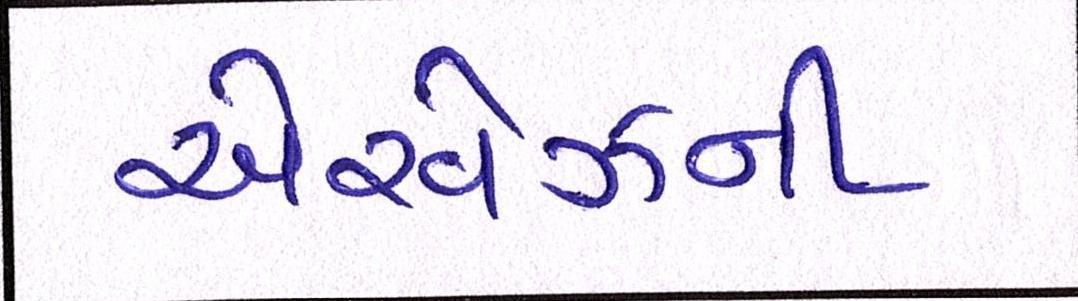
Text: એરવેઝની